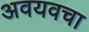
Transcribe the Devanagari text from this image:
अवयवचा